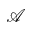
\mathcal { A }